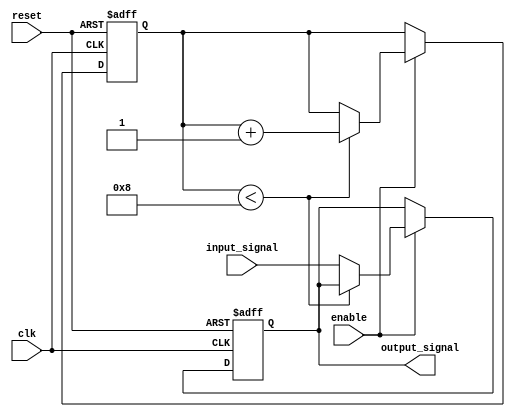
module latch_delay (
    input wire clk,          // Clock signal
    input wire reset,        // Reset signal
    input wire enable,       // Enable signal
    input wire input_signal, // Input signal to be delayed
    output reg output_signal // Output delayed signal
);

reg [7:0] delay_counter;

always @(posedge clk or posedge reset) begin
    if (reset) begin
        delay_counter <= 0;
        output_signal <= 0;
    end else if (enable) begin
        if (delay_counter < 8) begin // Delay of 8 clock cycles
            delay_counter <= delay_counter + 1;
        end else begin
            output_signal <= input_signal;
        end
    end
end

endmodule